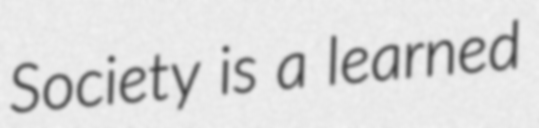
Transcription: Society is a learned